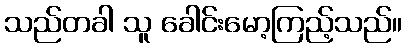
သည်တခါ သူ ခေါင်းမော့ကြည့်သည်။